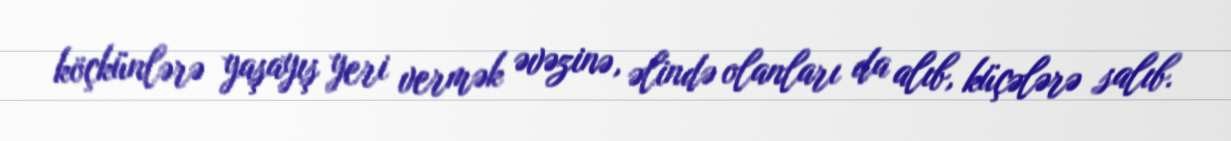
köçkünlərə yaşayış yeri vermək əvəzinə, əlində olanları da alıb, küçələrə salıb.